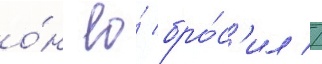
о́н ео́ бро́с'ил //